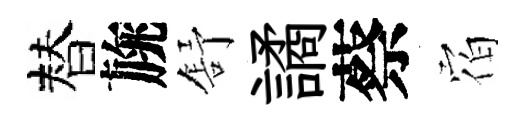
替旐舒譎蔡𪧐